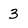
Character: 3